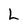
Character: L